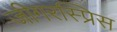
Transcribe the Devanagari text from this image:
जीगरस्प्रिस